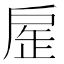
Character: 𢩏